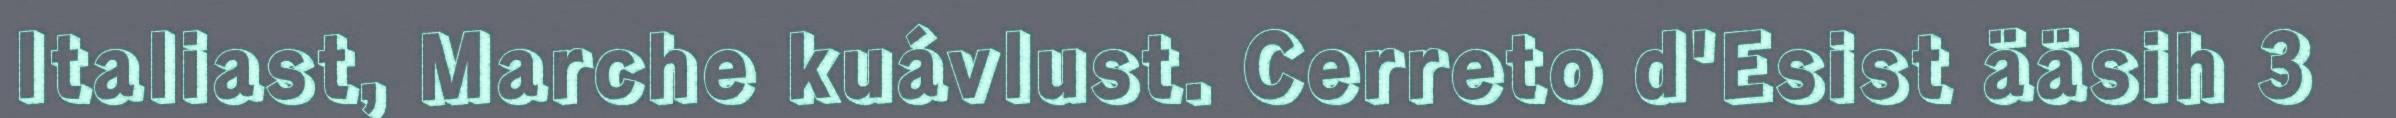
Italiast, Marche kuávlust. Cerreto d'Esist ääsih 3